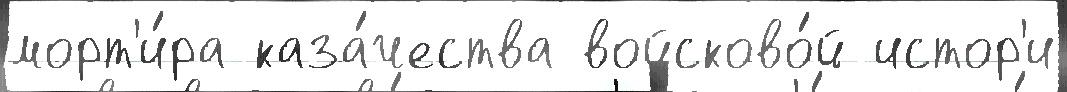
морт'и́ра каза́чества войсково́й истор'и